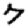
Digit: 7